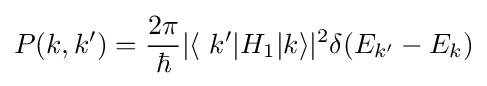
P(k,k')={\frac {2\pi }{\hbar }}|\langle \ k'|H_{1}|k\rangle |^{2}\delta (E_{k'}-E_{k})